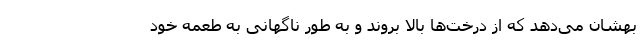
بهشان می‌دهد که از درخت‌ها بالا بروند و به طور ناگهانی به طعمه خود